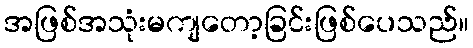
အဖြစ်အသုံးမကျတော့ခြင်းဖြစ်ပေသည်။